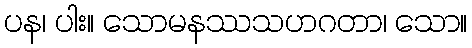
ပန၊ ပါး။ သောမနဿသဟဂတာ၊ သော။